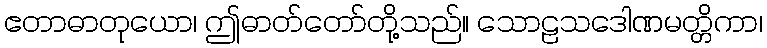
ဧတာဓာတုယော၊ ဤဓာတ်တော်တို့သည်။ သောဠသဒေါဏမတ္တိကာ၊